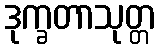
ဒုက္ခတာသုတ္တ